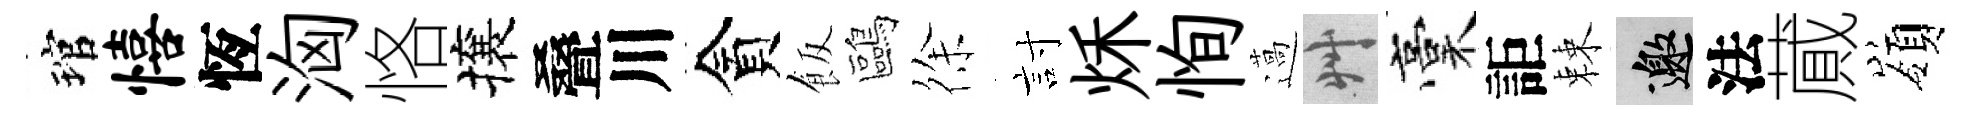
琯僖恆洶恪攘叠川貪飯鷗徐討秌恂薖艸稾詎棘邀法蕆嶺